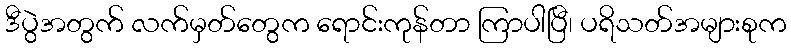
ဒီပွဲအတွက် လက်မှတ်တွေက ရောင်းကုန်တာ ကြာပါပြီ၊ ပရိသတ်အများစုက